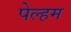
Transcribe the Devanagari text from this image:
पेल्हम